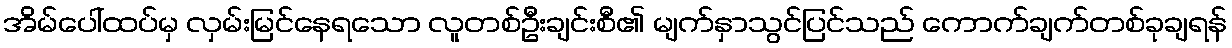
အိမ်ပေါ်ထပ်မှ လှမ်းမြင်နေရသော လူတစ်ဦးချင်းစီ၏ မျက်နှာသွင်ပြင်သည် ကောက်ချက်တစ်ခုချရန်